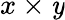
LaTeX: x\times\mathit{y}